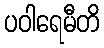
ပဝါရေမီတိ